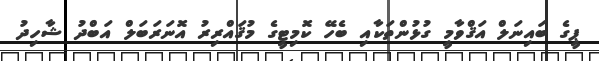
ޕީގެ ބައިނަލް އަޤްވާމީ ގުޅުންތަކާއި ބެހޭ ކޮމިޓީގެ މުޤައްރިރު އޮނަރަބަލް އަބްދު ޝާހިދު